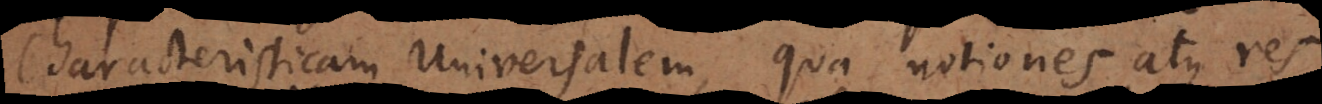
Characteristicam Universalem, qua notiones atque res